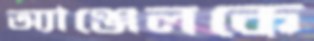
অ্যাঞ্জেলকে